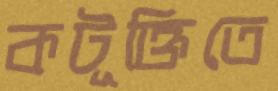
কটূক্তিতে